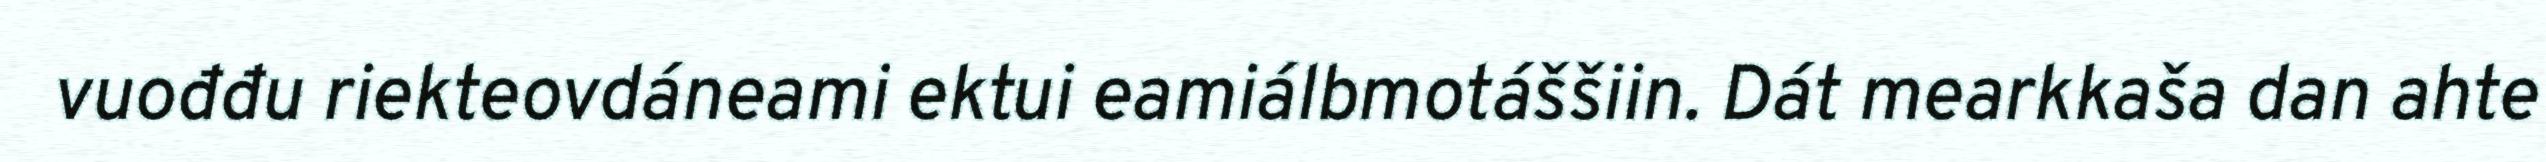
vuođđu riekteovdáneami ektui eamiálbmotáššiin. Dát mearkkaša dan ahte